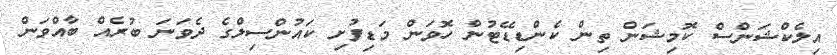
އިލެކްޝަންސް ކޮމިޝަން ތިން ކެންޑިޑޭޓުން ހޮވަން މަޑިފުށި ކައުންސިލްގެ ދެވަނަ ބުރެއް ބާއްވަން